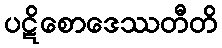
ပဋိစောဒေဿတီတိ